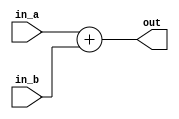
`timescale 1us/1ns
// 32 bit inputs, 32 bit outputs, ignore overflow, asynchronous
module adder (
    input [31 : 0] in_a,
    input [31 : 0] in_b,
    output [31 : 0] out
);
    // too much work for writing a 32-bit adder with parallel structure, let verilog decide
    assign out = in_a + in_b;

endmodule